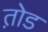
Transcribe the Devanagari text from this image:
त़ोड